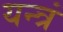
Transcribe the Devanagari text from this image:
यन्त्रं